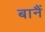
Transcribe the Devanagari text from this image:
बानैं